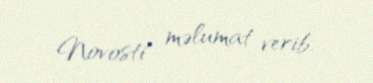
Novosti" məlumat verib.